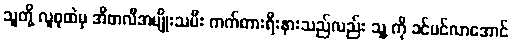
သူတို့ လူစုထဲမှ အီတလီအမျိုးသမီး ကက်တားရီးနားသည်လည်း သူ့ ကို ခင်မင်လာအောင်